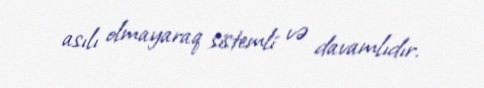
asılı olmayaraq sistemli və davamlıdır.